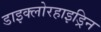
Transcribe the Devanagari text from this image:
डाइक्लोरहाइड्रिन